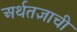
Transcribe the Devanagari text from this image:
अर्थतज्ञाची